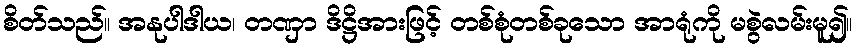
စိတ်သည်။ အနုပါဒါယ၊ တဏှာ ဒိဋ္ဌိအားဖြင့် တစ်စုံတစ်ခုသော အာရုံကို မစွဲလမ်းမူ၍။